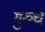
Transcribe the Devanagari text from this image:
गुरुचं